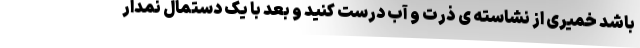
باشد خمیری از نشاسته ی ذرت و آب درست کنید و بعد با یک دستمال نمدار